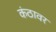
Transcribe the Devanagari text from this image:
कंठावर